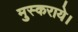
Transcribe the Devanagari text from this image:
मुस्कराये।